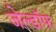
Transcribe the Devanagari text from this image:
जेल्डॉफ